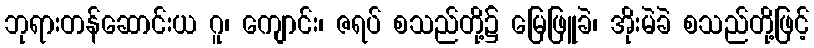
ဘုရားတန်ဆောင်းယ ဂူ၊ ကျောင်း၊ ဇရပ် စသည်တို့၌ မြေဖြူခဲ၊ အိုးမဲခဲ စသည်တို့ဖြင့်